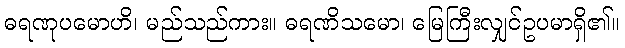
ဓရဏုပမောဟိ၊ မည်သည်ကား။ ဓရဏိသမော၊ မြေကြီးလျှင်ဥပမာရှိ၏။